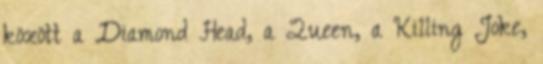
között a Diamond Head, a Queen, a Killing Joke,